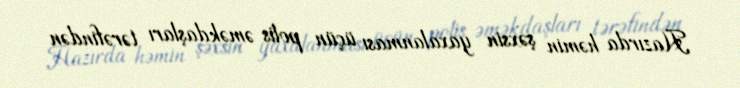
Hazırda həmin şəxsin yaxalanması üçün polis əməkdaşları tərəfindən